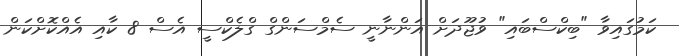
ކަމުގައިވާ "ބިކްސްބައި" ވުޖޫދަށް އަންނާނީ ސެމްސަންގް ގްލެކްސީ އެސް 8 ކާއި އެއްކޮށްކަން